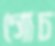
গোচ